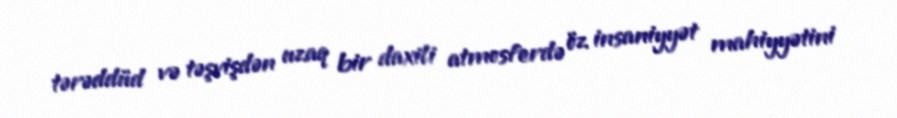
tərəddüd və təşvişdən uzaq bir daxili atmosferdə öz insaniyyət mahiyyətini